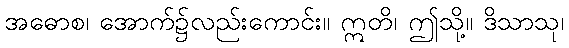
အဓောစ၊ အောက်၌လည်းကောင်း။ ဣတိ၊ ဤသို့။ ဒိသာသု၊